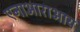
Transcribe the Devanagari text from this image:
एनाआराआय